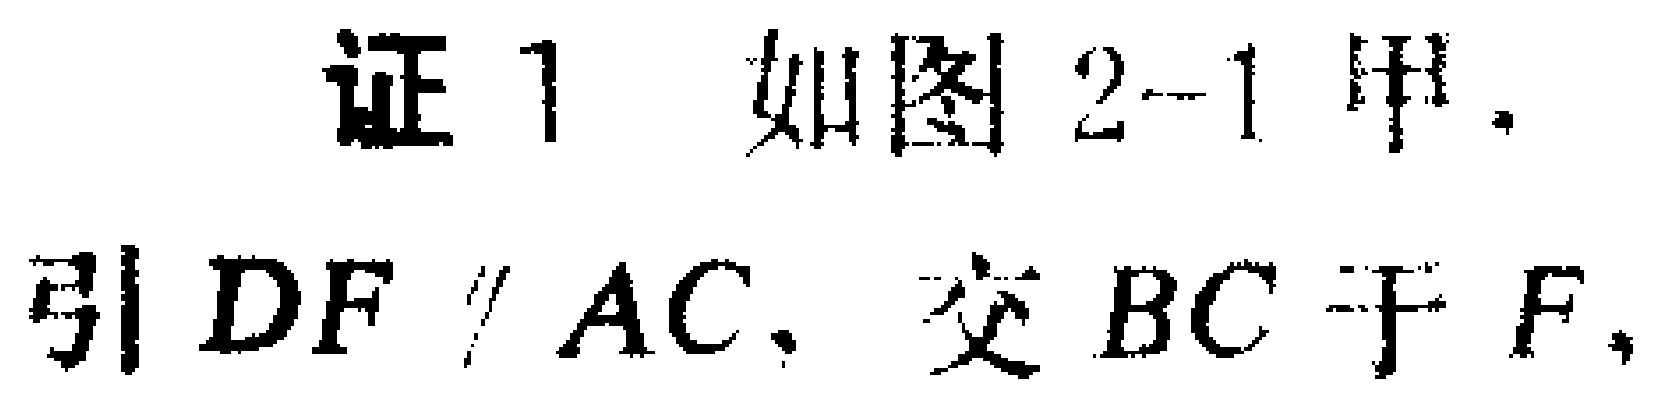
证 1 如图 2-1 甲.

引 \(DF\parallel AC\)，交 \(BC\) 于 \(F\)，